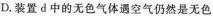
D.装置d中的无色气体遇空气仍然是无色